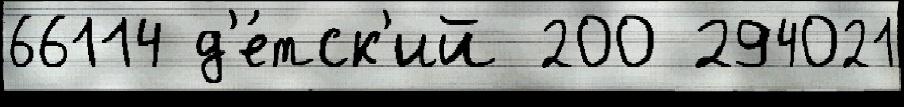
66114 д'е́тск'ий 200 294021